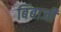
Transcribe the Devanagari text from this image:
बिंबाजी